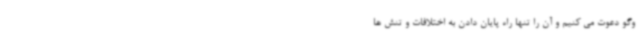
وگو دعوت می کنیم و آن را تنها راه پایان دادن به اختلافات و تنش ها